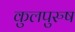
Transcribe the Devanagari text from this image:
कुलपुरुष